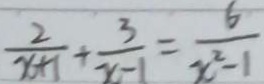
\frac { 2 } { x + 1 } + \frac { 3 } { x - 1 } = \frac { 6 } { x ^ { 2 } - 1 }